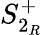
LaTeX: S_{2_{R}}^{+}